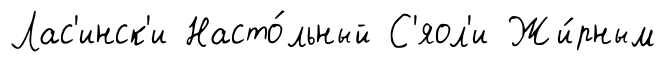
Лас'инск'и Насто́льный С'яол'и Жи́рным